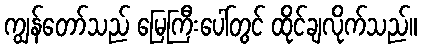
ကျွန်တော်သည် မြေကြီးပေါ်တွင် ထိုင်ချလိုက်သည်။